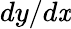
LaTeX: dy/d\mathit{x}